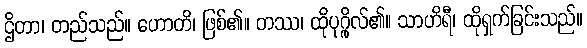
ဌိတာ၊ တည်သည်။ ဟောတိ၊ ဖြစ်၏။ တဿ၊ ထိုပုဂ္ဂိုလ်၏။ သာဟိရီ၊ ထိုရှက်ခြင်းသည်။